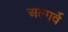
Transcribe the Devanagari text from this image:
अल्गर्वे